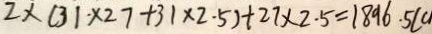
2 \times ( 3 1 \times 2 7 + 3 1 \times 2 . 5 ) + 2 7 \times 2 . 5 = 1 8 9 6 . 5 ( c